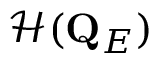
\mathcal { H } ( \mathbf { Q } _ { E } )